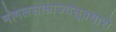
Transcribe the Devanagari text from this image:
मोगलसाम्राज्यसूत्रधारो